system: You are a helpful assistant.
user:
Analyze the provided spectrum to determine if it is a **S-type Star**.

- **Key Indicators for S-type Star:**

    - **(Overall Spectrum Shape):** The first and most obvious characteristic is the overall continuum (the "baseline" shape). It is **extremely "red-sloping,"** meaning the flux (light intensity) is very low on the left side (blue, ~4000-4500 Å) and rises steeply and continuously toward the right side (red, ~7000 Å+).

    - **(Primary):** The spectrum is defined by the presence of strong, broad molecular absorption "valleys" (bands) from **Zirconium Oxide (ZrO)**. The identification of these bands is the **primary requirement** for classifying a star as S-type.
        - **(Key Bandheads):** You must find distinct, deep "dips" where the light has been absorbed. The most critical band systems to locate are:
            - **~6474 Å** ($\gamma$-system): This is often the strongest and clearest ZrO feature, found in the red part of the spectrum.
            - **~5718 Å** & **~5551 Å** ($\beta$-system): A pair of prominent absorption features in the yellow-orange part of the spectrum.
            - **~4640 Å** ($\alpha$-system): A key absorption band system in the blue-green region of the spectrum.

    - **(Secondary Confirmation):** The classification is strengthened by finding additional absorption bands from other related heavy element oxides, which are expected to be present alongside ZrO.
        - **(Key Bandheads):**
            - **Yttrium Oxide (YO):** Look for absorption dips near **~4800 Å** and **~6100 Å**.
            - **Lanthanum Oxide (LaO):** Additional absorption features, particularly in the red-orange part of the spectrum, are also characteristic.

    - **(Line Profile):** The combination of the steep red continuum and these numerous, deep molecular bands (ZrO, YO, etc.) gives the entire spectrum a very **"chopped-up"** or **"bumpy"** appearance. Instead of a smooth curve, the spectrum looks as though large, wide chunks of light have been "carved out" of it at the specific wavelengths listed above.

Think first, call **spectral_visualization_tool** if needed to examine features in detail, then provide your final answer. Your response must adhere to the following strict rules:
1.  **Overall Structure:** Your response must follow the format `<think>...</think> <tool_call>...</tool_call> (if a tool is used) <answer>...</answer>`.
2.  **Tool Usage Constraint:** You may only make **one** tool call per turn.
3.  **Final Answer Format:** In the `<answer>` tag, your conclusion must be inside a `\boxed{}` command (e.g., `\boxed{YES}` or `\boxed{NO}`), followed by your justification.

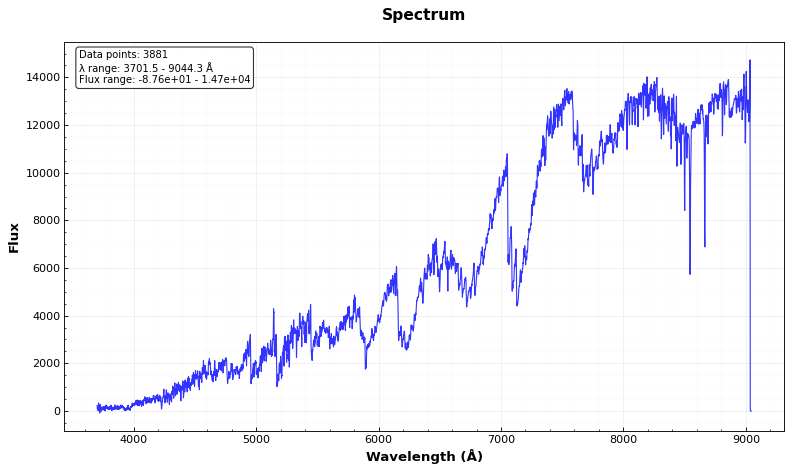
Answer: YES